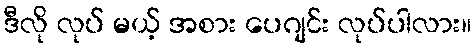
ဒီလို လုပ် မယ့် အစား ပေဂျင်း လုပ်ပါလား။